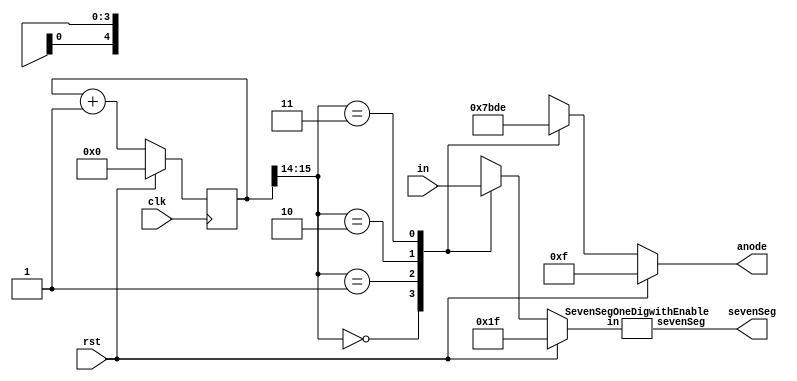
`timescale 1ns / 1ps

module SevenSegFourDigwithEnable(clk, rst, in, sevenSeg, anode);
input clk, rst;
input [19:0] in;
output [7:0] sevenSeg;
output reg [3:0] anode;

parameter SCWIDTH = 15;

reg [SCWIDTH:0] cnt, cntNext;
reg [4:0] inOneDig;

SevenSegOneDigwithEnable inst0(.in(inOneDig), .sevenSeg(sevenSeg));

always@(posedge clk) begin
	cnt <= cntNext;
end

always@(*) begin
	if(rst) begin
		cntNext = 0;
		anode = 4'b1111;
		inOneDig = 5'b11111;
	end else begin
		cntNext = cnt + 1;
		case(cnt[SCWIDTH:SCWIDTH-1])
			2'b00:begin
				inOneDig = in[19:15];
				anode = 4'b0111;
			end
			2'b01:begin
				inOneDig = in[14:10];
				anode = 4'b1011;
			end
			2'b10:begin
				inOneDig = in[9:5];
				anode = 4'b1101;
			end
			2'b11:begin
				inOneDig = in[4:0];
				anode = 4'b1110;
			end
		endcase
	end
end
endmodule


module SevenSegOneDigwithEnable(in, sevenSeg);
input [4:0] in;
output reg [7:0] sevenSeg;

always@(*) begin
	if(in[4])
		sevenSeg = 8'b11111111;        //Empty
	else begin
		case(in[3:0])
			0:  sevenSeg = 8'b00000011;  //0
			1:  sevenSeg = 8'b10011111;  //1
			2:  sevenSeg = 8'b00100101;  //2
			3:  sevenSeg = 8'b00001101;  //3
			4:  sevenSeg = 8'b10011001;  //4
			5:  sevenSeg = 8'b01001001;  //5
			6:  sevenSeg = 8'b01000001;  //6
			7:  sevenSeg = 8'b00011111;  //7
			8:  sevenSeg = 8'b00000001;  //8
			9:  sevenSeg = 8'b00001001;  //9
			10: sevenSeg = 8'b00010001;  //A
			11: sevenSeg = 8'b11000001;  //b
			12: sevenSeg = 8'b01100011;  //C
			13: sevenSeg = 8'b10000101;  //D
			14: sevenSeg = 8'b01100001;  //E
			15: sevenSeg = 8'b01110001;  //F
		endcase
	end
end
endmodule